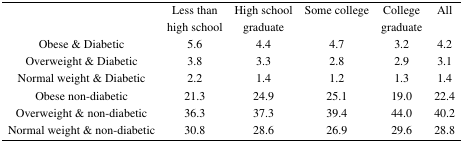
|  | Less than high school | High school graduate | Some college | College graduate | All |
 | --- | --- | --- | --- | --- | --- |
 | Obese & Diabetic | 5.6 | 4.4 | 4.7 | 3.2 | 4.2 |
 | Overweight & Diabetic | 3.8 | 3.3 | 2.8 | 2.9 | 3.1 |
 | Normal weight & Diabetic | 2.2 | 1.4 | 1.2 | 1.3 | 1.4 |
 | Obese non-diabetic | 21.3 | 24.9 | 25.1 | 19.0 | 22.4 |
 | Overweight & non-diabetic | 36.3 | 37.3 | 39.4 | 44.0 | 40.2 |
 | Normal weight & non-diabetic | 30.8 | 28.6 | 26.9 | 29.6 | 28.8 |